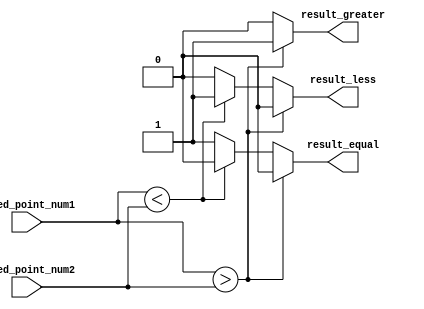
module FixedPointComparator (
    input signed [15:0] fixed_point_num1,
    input signed [15:0] fixed_point_num2,
    output reg result_greater,
    output reg result_less,
    output reg result_equal
);

always @(*) begin
    if (fixed_point_num1 > fixed_point_num2) begin
        result_greater = 1;
        result_less = 0;
        result_equal = 0;
    end else if (fixed_point_num1 < fixed_point_num2) begin
        result_greater = 0;
        result_less = 1;
        result_equal = 0;
    end else begin
        result_greater = 0;
        result_less = 0;
        result_equal = 1;
    end
end

endmodule